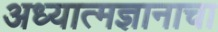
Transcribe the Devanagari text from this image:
अध्यात्मज्ञानाचा